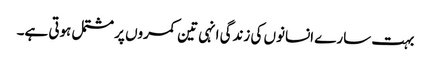
بہت سارے انسانوں کی زندگی انہی تین کمروں پر مشتمل ہوتی ہے۔